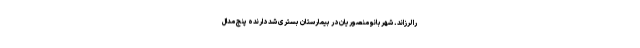
را لرزاند. شهربانو منصوریان در بیمارستان بستری شد دارنده پنج مدال